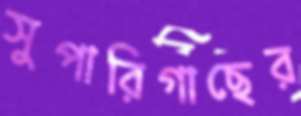
সুপারিগাছের